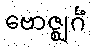
ဗောဇ္ဈင်္ဂံ